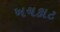
ખચકાટ